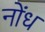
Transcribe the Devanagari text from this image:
नोंध